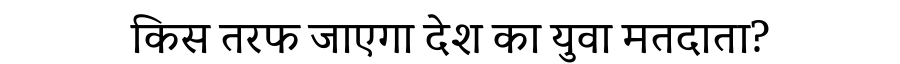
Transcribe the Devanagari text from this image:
किस तरफ जाएगा देश का युवा मतदाता?